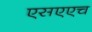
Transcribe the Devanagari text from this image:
एसएएच